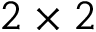
2 \times 2 \time 2